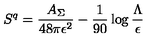
S ^ { q } = { \frac { A _ { \Sigma } } { 4 8 \pi \epsilon ^ { 2 } } } - { \frac { 1 } { 9 0 } } \log { \frac { \Lambda } { \epsilon } }